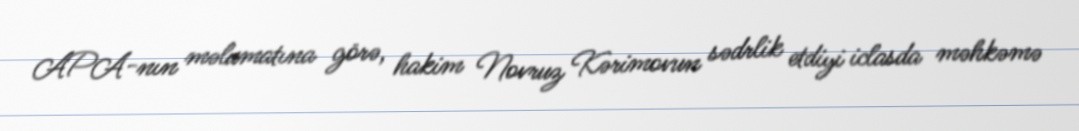
APA-nın məlumatına görə, hakim Novruz Kərimovun sədrlik etdiyi iclasda məhkəmə